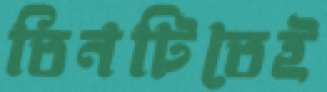
তিনটিতেই